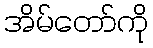
အိမ်တော်ကို